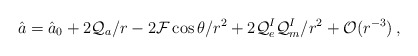
\begin{align*}\hat{a} = \hat{a}_{0} + 2{\cal Q}_{a}/r -2{\cal F}\cos\theta/r^{2} +2{\cal Q}_{e}^{I}{\cal Q}_{m}^{I}/r^{2} +{\cal O}(r^{-3}) \, ,\end{align*}